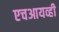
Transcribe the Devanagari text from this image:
एचआयव्ही